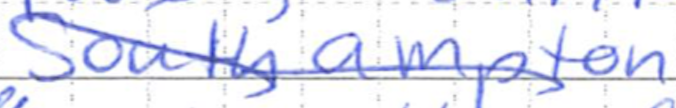
Text: Southampton
Cross-out: diagonal
Writing tool: ballpoint